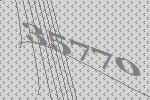
35770